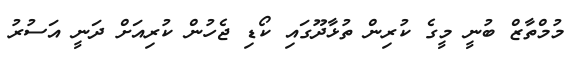
މުމްތާޒް ބުނީ މީގެ ކުރިން ތުޅާދޫގައި ކޯޑި ޖެހުން ކުރިއަށް ދަނީ އަސުރު